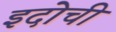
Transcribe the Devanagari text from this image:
इदोची